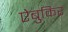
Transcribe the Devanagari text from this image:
ऐबुकिर